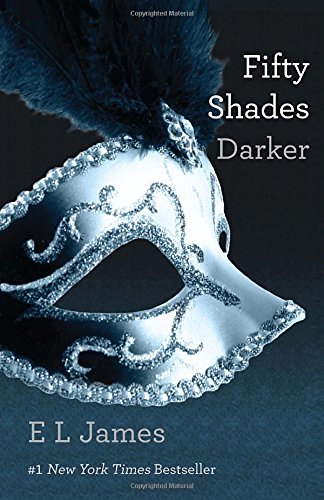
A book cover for Fifty Shades Darker; E. L. James; Romance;